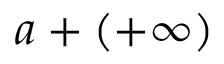
a + ( + \infty )